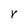
Character: V